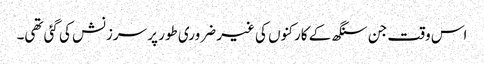
اس وقت جن سنگھ کے کارکنوں کی غیر ضروری طور پر سرزنش کی گئی تھی۔